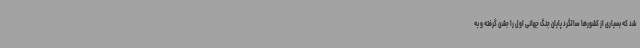
شد که بسیاری از کشورها سالگرد پایان جنگ جهانی اول را جشن گرفته و به